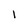
Character: l